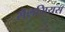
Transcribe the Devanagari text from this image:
सैलसियस